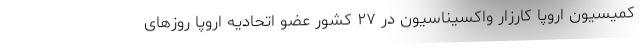
کمیسیون اروپا کارزار واکسیناسیون در ۲۷ کشور عضو اتحادیه اروپا روزهای